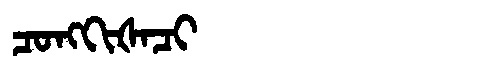
Manchu: ᠴᠣᠩᡴᡳᡧᠠᠴᡳ
Romanization: CONGKIŠACI